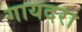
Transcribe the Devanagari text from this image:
गायदरा